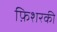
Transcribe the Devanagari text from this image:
फ़िशरकी